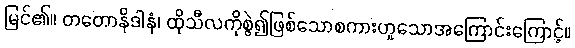
မြင်၏။ တတောနိဒါနံ၊ ထိုသီလကိုစွဲ၍ဖြစ်သောစကားဟူသောအကြောင်းကြောင့်။